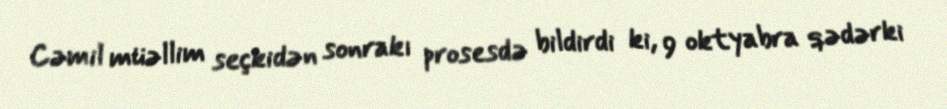
Cəmil müəllim seçkidən sonrakı prosesdə bildirdi ki, 9 oktyabra qədərki